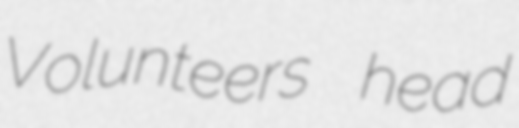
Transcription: Volunteers head